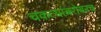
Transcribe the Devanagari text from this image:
चकत्यांबरोबरच